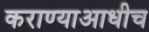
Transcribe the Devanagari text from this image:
कराण्याआधीच